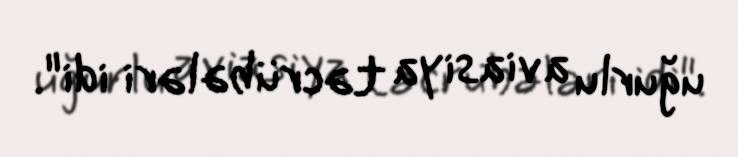
uğurlu aviasiya təcrübələri idi".